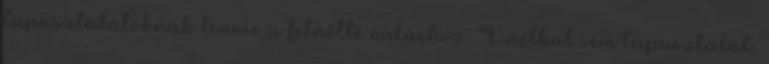
tapasztalatoknak lennie a felnőtté váláshoz. E nélkül sem tapasztalat,